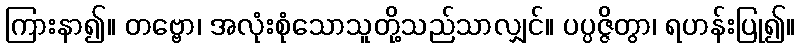
ကြားနာ၍။ တဗ္ဗော၊ အလုံးစုံသောသူတို့သည်သာလျှင်။ ပပ္ပဇ္ဇိတွာ၊ ရဟန်းပြု၍။